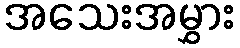
အသေးအမွှား